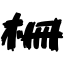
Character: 柵